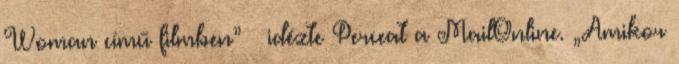
Woman című filmben” – idézte Perceat a MailOnline. „Amikor